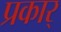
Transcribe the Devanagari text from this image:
प्रकार्